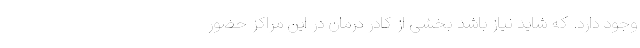
وجود دارد. که شاید نیاز باشد بخشی از کادر درمان در این مراکز حضور